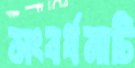
সংবর্ধনাটি